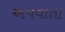
અપવાતા